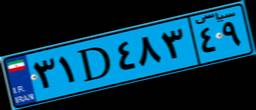
۳۱D۴۸۳۴۹